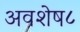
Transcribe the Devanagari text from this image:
अवशेष८